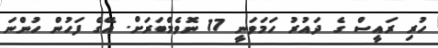
ހުރި ރައީސް ގެ ދައުރު ހަމަވަނީ 17 ނޮވެމްބަރަށް. އޭގެ ފަހުން ހުންނަ